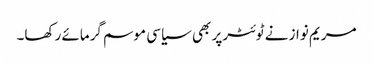
مریم نواز نے ٹوئٹرپر بھی سیاسی موسم گرمائے رکھا۔